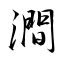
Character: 澗